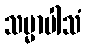
သမ္မာပါသံ